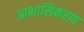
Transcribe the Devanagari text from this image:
आभासिकरण